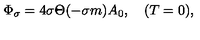
\Phi _ { \sigma } = 4 \sigma \Theta ( - \sigma m ) A _ { 0 } , \quad ( T = 0 ) ,